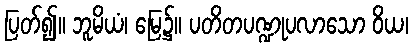
ပြတ်၍။ ဘူမိယံ၊ မြေ၌။ ပတိတပဏ္ဍုပလာသော ဝိယ၊